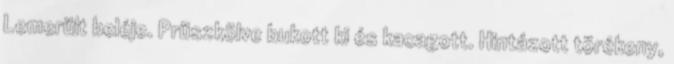
Lemerült beléje. Prüszkölve bukott ki és kacagott. Hintázott törékeny,